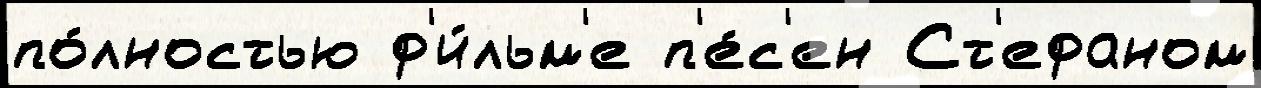
по́лностью ф'и́льм'е п'е́с'ен Ст'ефаном